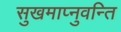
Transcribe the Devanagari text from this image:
सुखमाप्नुवन्ति